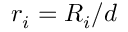
r _ { i } = R _ { i } / d